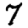
Digit: 7